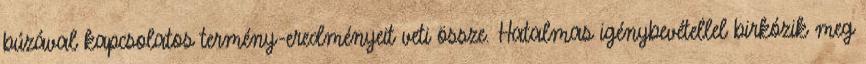
búzával kapcsolatos termény-eredményeit veti össze. Hatalmas igénybevétellel birkózik meg